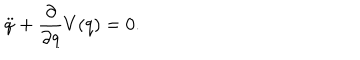
\ddot { q } + \frac { \partial } { \partial q } V ( q ) = 0 .